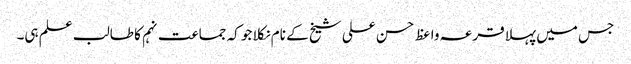
جس میں پہلا قرعہ واعظ حسن علی شیخ کے نام نکلا جو کہ جماعت نہم کا طالب علم ہی۔